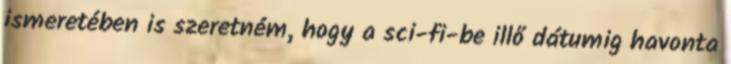
ismeretében is szeretném, hogy a sci-fi-be illő dátumig havonta